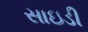
સાઇડી